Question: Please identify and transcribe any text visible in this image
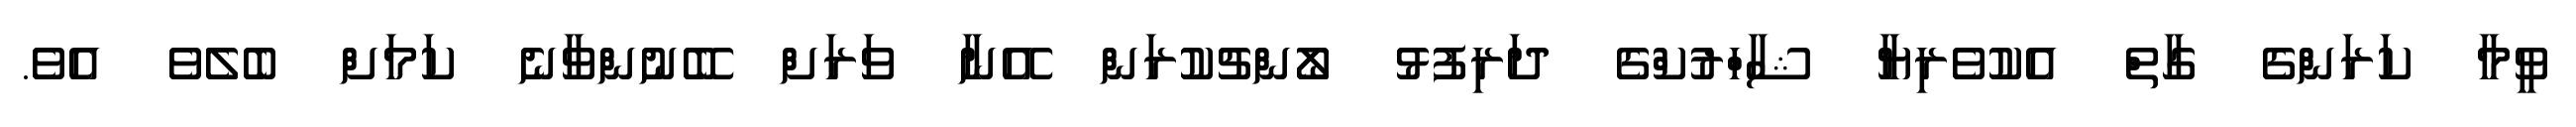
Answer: ވީމާ ކަރަންގެ ގާތް އެކުވެރިޔާ ޝާހްރުކްގެ ދަރިފުޅު ލޯންޗުކުރަން އޭނާ ވަރަށް ބޭނުންވާނެ ކަމަށް ބެލެވެ އެވެ.